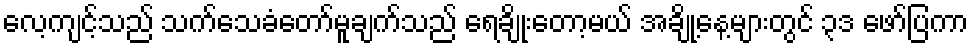
လေ့ကျင့်သည် သက်သေခံတော်မူချက်သည် ရေချိုးတော့မယ် အချို့နေ့များတွင် ၃ဒ ဖော်ပြကာ